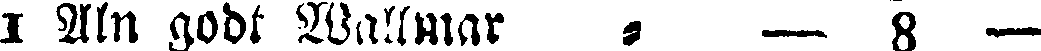
1 Aln godt Wallmar - — 8 —